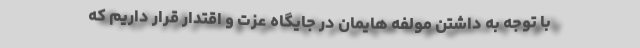
با توجه به داشتن مولفه هایمان در جایگاه عزت و اقتدار قرار داریم که